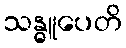
သန္ဓူပေတိ